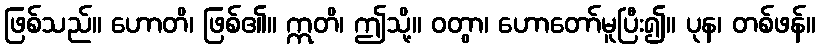
ဖြစ်သည်။ ဟောတိ၊ ဖြစ်၏။ ဣတိ၊ ဤသို့။ ဝတွာ၊ ဟောတော်မူပြီး၍။ ပုန၊ တစ်ဖန်။